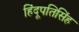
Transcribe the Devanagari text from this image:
हिंदूपतिसिंह